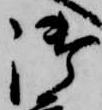
御